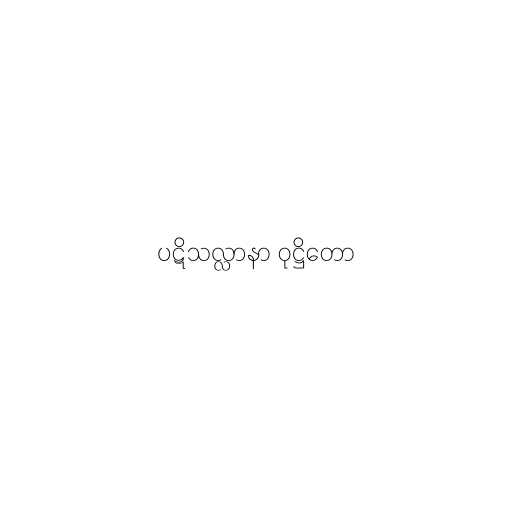
ပဋိသလ္လာနာ ဝုဋ္ဌိတော